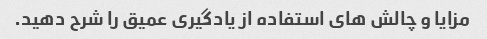
مزایا و چالش های استفاده از یادگیری عمیق را شرح دهید.